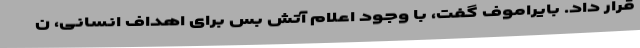
قرار داد. بایراموف گفت، با وجود اعلام آتش بس برای اهداف انسانی، ن